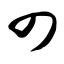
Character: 四